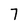
Character: 7